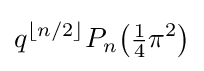
q^{\lfloor n/2\rfloor }P_{n}{\bigl (}{\tfrac {1}{4}}\pi ^{2}{\bigr )}